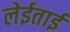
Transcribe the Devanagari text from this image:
लेईताई